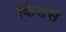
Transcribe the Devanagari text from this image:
किंडर्स